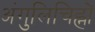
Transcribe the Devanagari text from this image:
अंगुलिचिह्नों